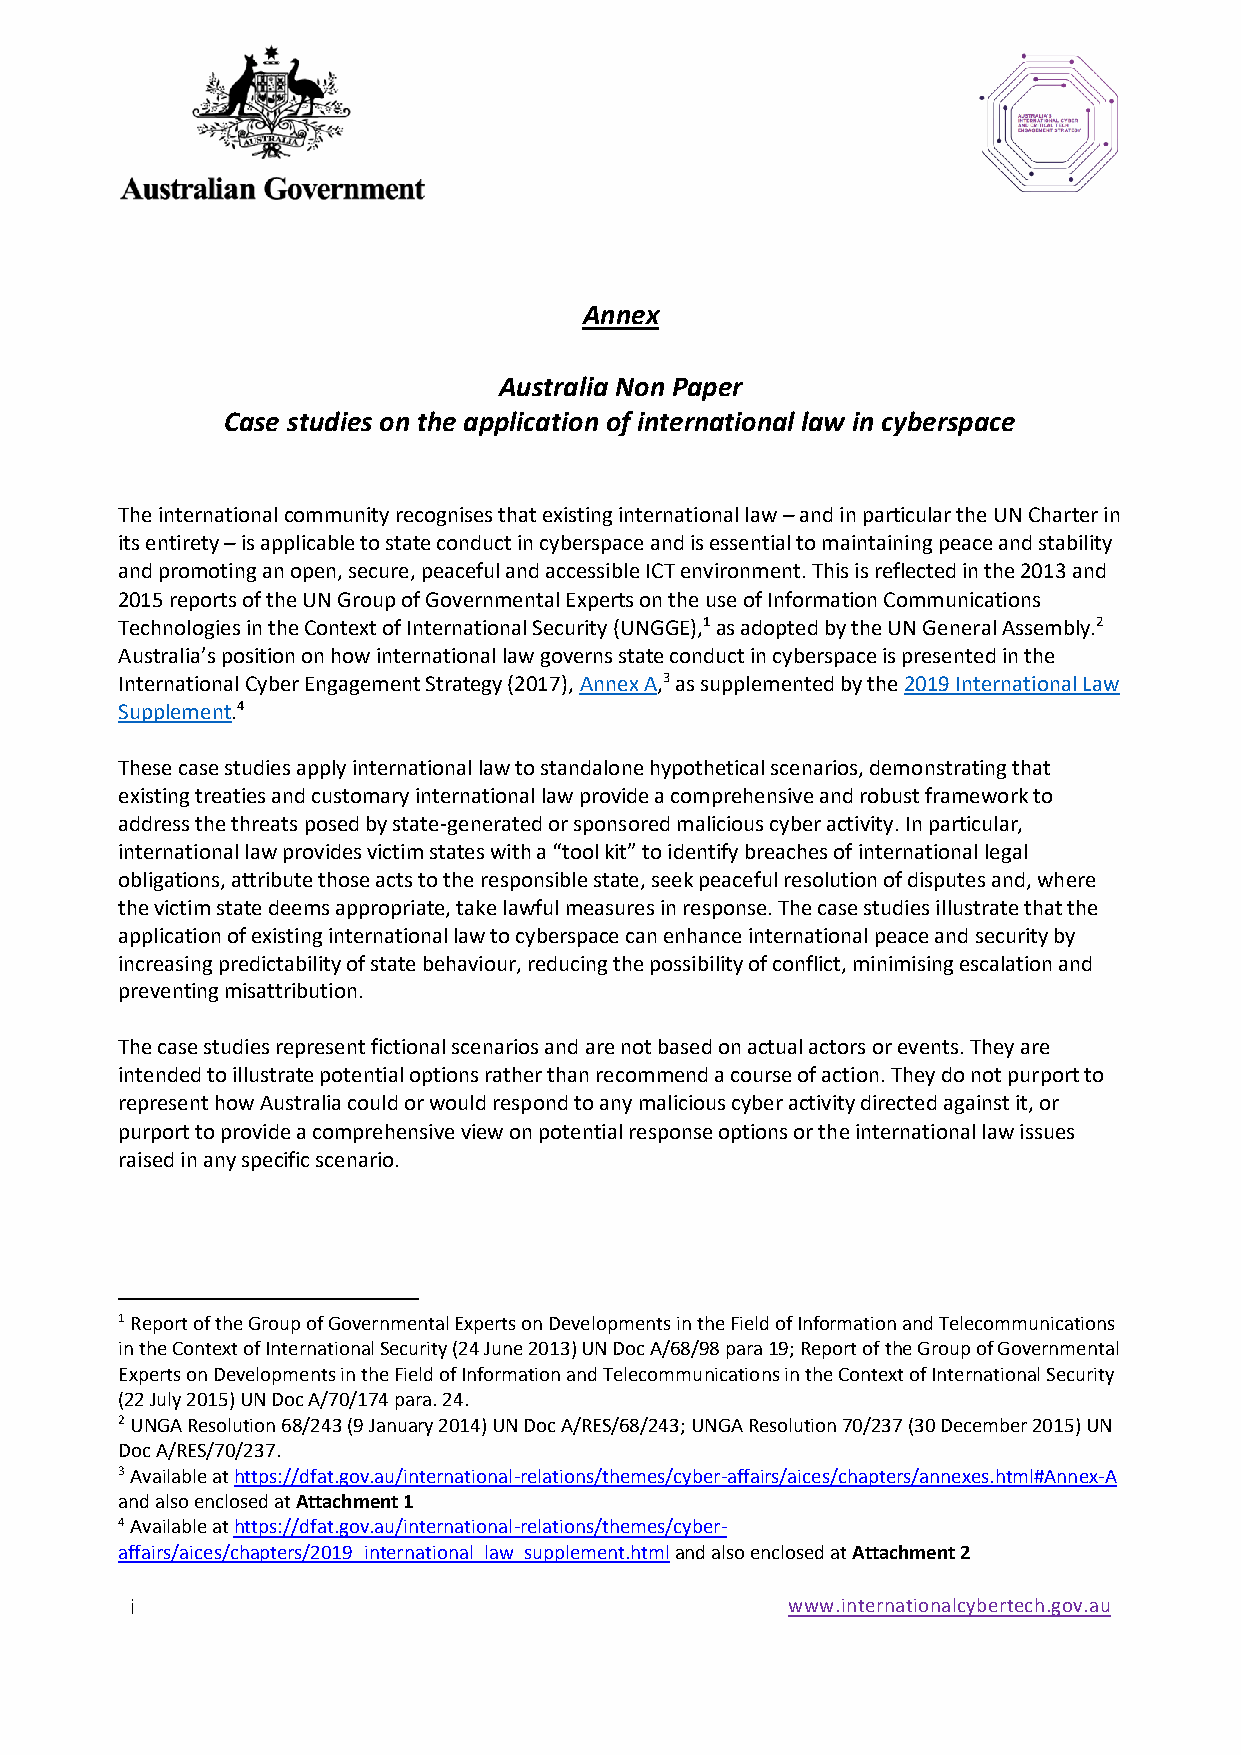
Annex
 Australia Non Paper
 Case studies on the application of international law in cyberspace
 The international community recognises that existing international law – and in particular the UN Charter in
 its entirety – is applicable to state conduct in cyberspace and is essential to maintaining peace and stability
 and promoting an open, secure, peaceful and accessible ICT environment. This is reflected in the 2013 and
 2015 reports of the UN Group of Governmental Experts on the use of Information Communications
 Technologies in the Context of International Security (UNGGE),1 as adopted by the UN General Assembly.2
 Australia’s position on how international law governs state conduct in cyberspace is presented in the
 International Cyber Engagement Strategy (2017), Annex A,3 as supplemented by the 2019 International Law
 Supplement.4
 These case studies apply international law to standalone hypothetical scenarios, demonstrating that
 existing treaties and customary international law provide a comprehensive and robust framework to
 address the threats posed by state-generated or sponsored malicious cyber activity. In particular,
 international law provides victim states with a “tool kit” to identify breaches of international legal
 obligations, attribute those acts to the responsible state, seek peaceful resolution of disputes and, where
 the victim state deems appropriate, take lawful measures in response. The case studies illustrate that the
 application of existing international law to cyberspace can enhance international peace and security by
 increasing predictability of state behaviour, reducing the possibility of conflict, minimising escalation and
 preventing misattribution.
 The case studies represent fictional scenarios and are not based on actual actors or events. They are
 intended to illustrate potential options rather than recommend a course of action. They do not purport to
 represent how Australia could or would respond to any malicious cyber activity directed against it, or
 purport to provide a comprehensive view on potential response options or the international law issues
 raised in any specific scenario.
 1 Report of the Group of Governmental Experts on Developments in the Field of Information and Telecommunications
 in the Context of International Security (24 June 2013) UN Doc A/68/98 para 19; Report of the Group of Governmental
 Experts on Developments in the Field of Information and Telecommunications in the Context of International Security
 (22 July 2015) UN Doc A/70/174 para. 24.
 2 UNGA Resolution 68/243 (9 January 2014) UN Doc A/RES/68/243; UNGA Resolution 70/237 (30 December 2015) UN
 Doc A/RES/70/237.
 3 Available at https://dfat.gov.au/international-relations/themes/cyber-affairs/aices/chapters/annexes.html#Annex-A
 and also enclosed at Attachment 1
 4 Available at https://dfat.gov.au/international-relations/themes/cyber-
 affairs/aices/chapters/2019_international_law_supplement.html and also enclosed at Attachment 2
 i                                          www.internationalcybertech.gov.au